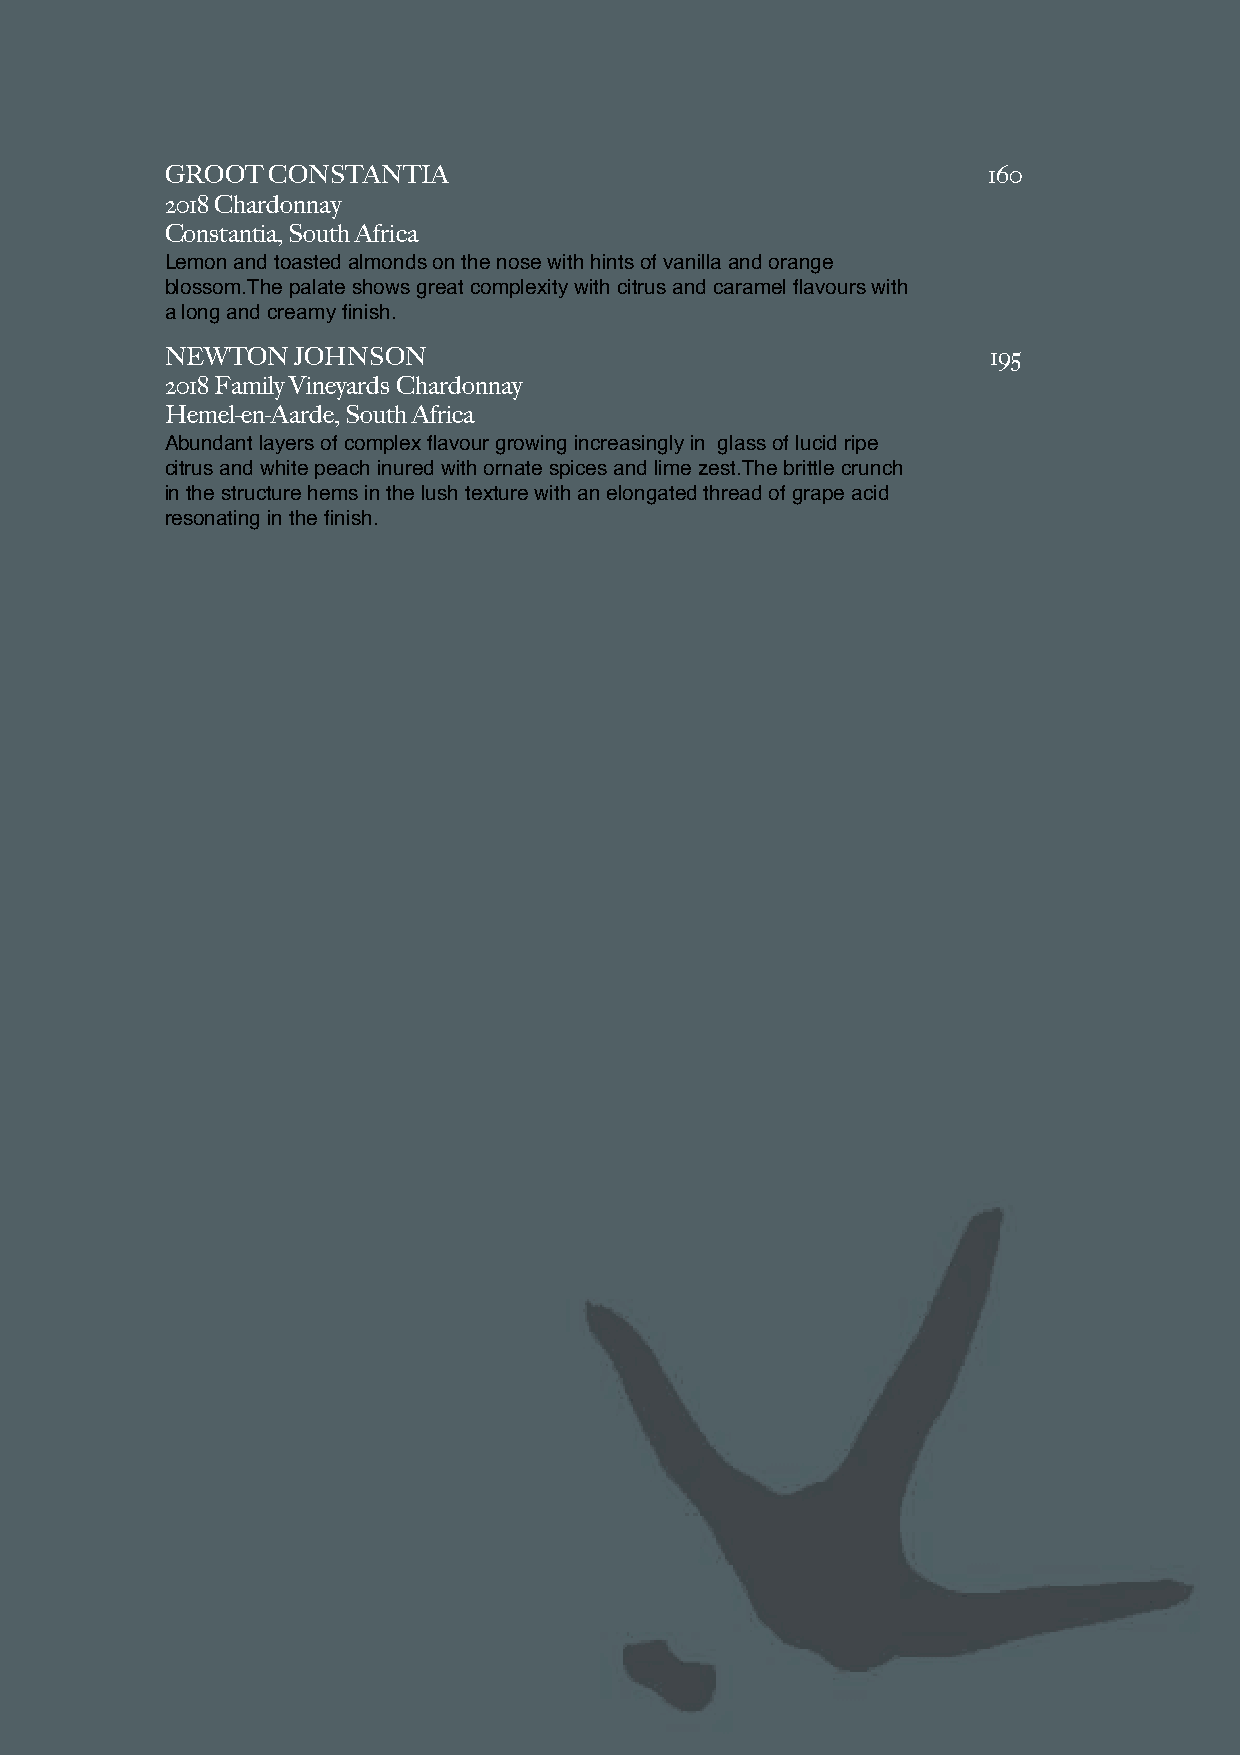
GROOT  CONSTANTIA                                     160
 2018 Chardonnay
 Constantia, South Africa
 Lemon and toasted almonds on the nose with hints of vanilla and orange
 blossom.The palate shows great complexity with citrus and caramel flavours with
 a long and creamy finish.
 NEWTON   JOHNSON                                       195
 2018 Family Vineyards Chardonnay
 Hemel-en-Aarde, South Africa
 Abundant layers of complex flavour growing increasingly in glass of lucid ripe
 citrus and white peach inured with ornate spices and lime zest.The brittle crunch
 in the structure hems in the lush texture with an elongated thread of grape acid
 resonating in the finish.